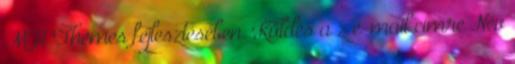
MH Themes fejlesztésében. Küldés a z e-mail címre Név